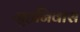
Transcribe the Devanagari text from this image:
गृहनिवास